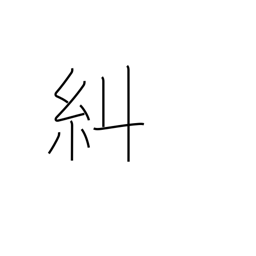
Meaning: verify